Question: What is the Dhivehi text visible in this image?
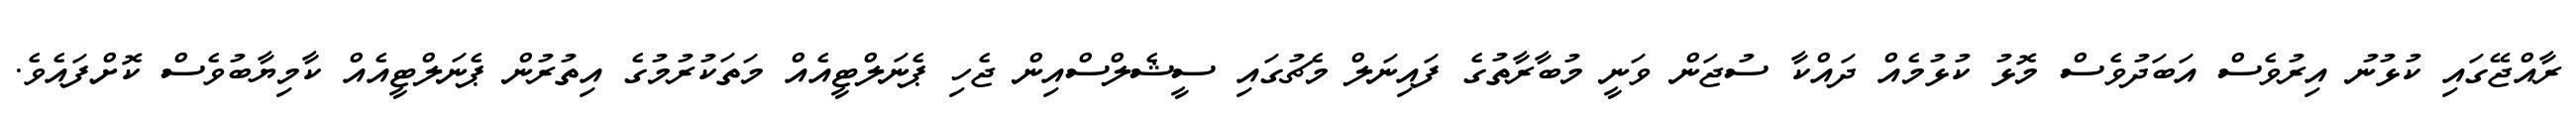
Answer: ރާއްޖޭގައި ކުޅުނު އިރުވެސް އަބަދުވެސް މޮޅު ކުޅުމެއް ދައްކާ ސުޖަން ވަނީ މުބާރާތުގެ ފައިނަލް މެޗުގައި ސީޝެލްސްއިން ޖެހި ޕެނަލްޓީއެއް މަތަކުރުމުގެ އިތުރުން ޕެނަލްޓީއެއް ކާމިޔާބުވެސް ކޮށްފައެވެ.